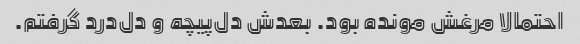
احتمالا مرغش مونده بود. بعدش دل‌پیچه و دل‌درد گرفتم.